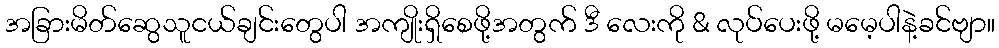
အခြားမိတ်ဆွေသူငယ်ချင်းတွေပါ အကျိုးရှိစေဖို့အတွက် ဒီ လေးကို & လုပ်ပေးဖို့ မမေ့ပါနဲ့ခင်ဗျာ။